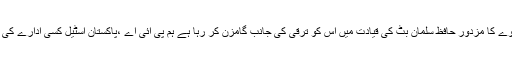
خیر محمد تونیو نے کہا کہ ریلوے کا مزدور حافظ سلمان بٹ کی قیادت میں اس کو ترقی کی جانب گامزن کر رہا ہے ہم پی آئی اے ،پاکستان اسٹیل کسی ادارے کی نج کاری نہیں ہو نے دیں گے ۔